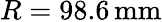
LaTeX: R=98.6\, \mathrm{mm}